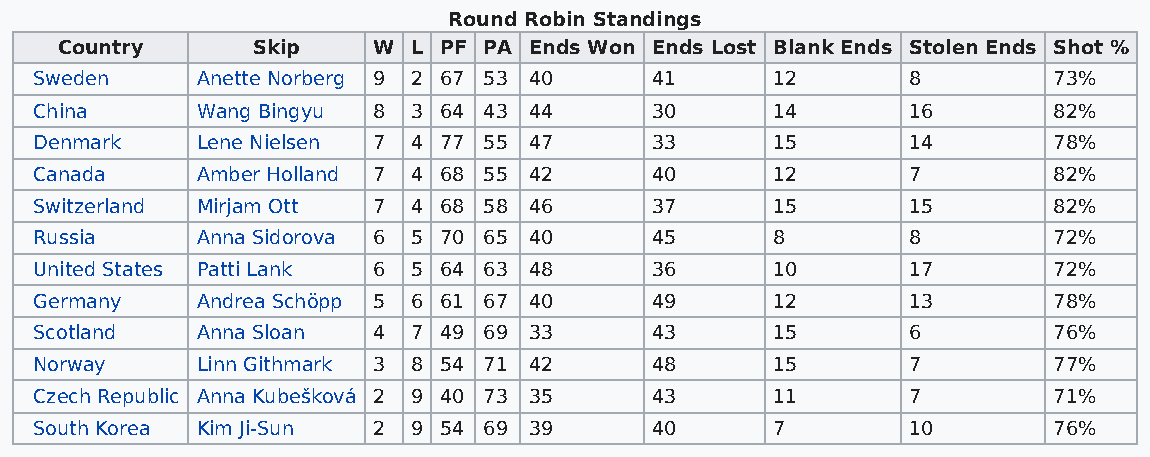
Round Robin Standings
 Country      Skip    W L PF PA Ends Won Ends Lost Blank Ends Stolen Ends Shot %
 Sweden     Anette Norberg 9 2 67 53 40   41      12       8         73%
 China      Wang Bingyu 8 3 64 43 44      30      14       16        82%
 Denmark    Lene Nielsen 7 4 77 55 47     33      15       14        78%
 Canada     Amber Holland 7 4 68 55 42    40      12       7         82%
 Switzerland Mirjam Ott 7 4 68 58 46      37      15       15        82%
 Russia     Anna Sidorova 6 5 70 65 40    45      8        8         72%
 United States Patti Lank 6 5 64 63 48    36      10       17        72%
 Germany    Andrea Schöpp 5 6 61 67 40    49      12       13        78%
 Scotland   Anna Sloan  4 7 49 69 33      43      15       6         76%
 Norway     Linn Githmark 3 8 54 71 42    48      15       7         77%
 Czech Republic Anna Kubešková 2 9 40 73 35 43    11       7         71%
 South Korea Kim Ji-Sun 2 9 54 69 39      40      7        10        76%